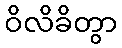
ဝိလိခိတွာ